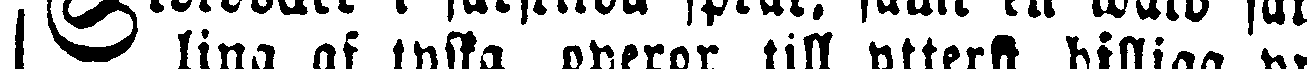
ling af tyska operor till ytterst billiga pri-